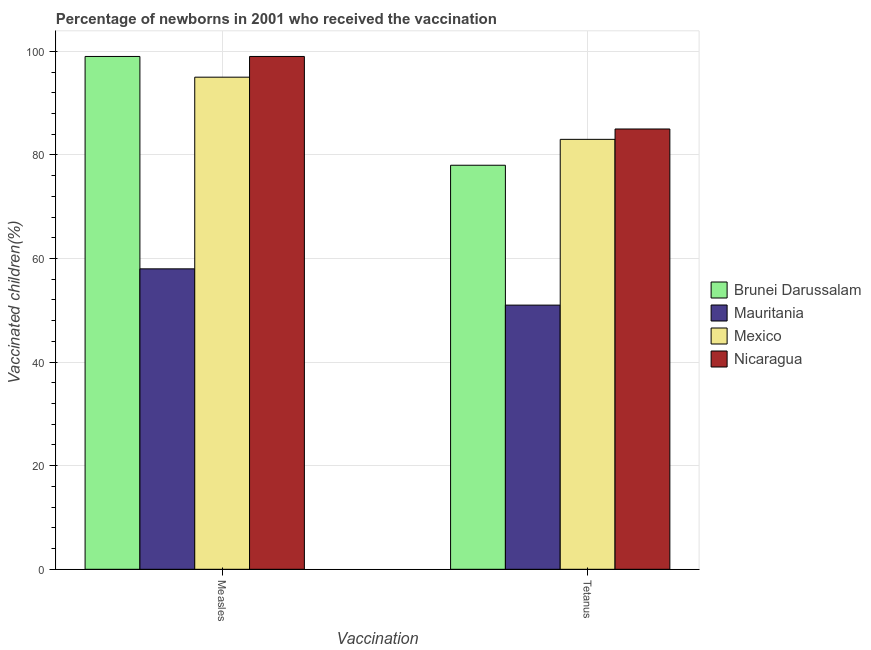
| Vaccination | Brunei Darussalam | Mauritania | Mexico | Nicaragua |
 | --- | --- | --- | --- | --- |
 | Measles | 99 | 58 | 95 | 99 |
 | Tetanus | 78 | 51 | 83 | 85 |